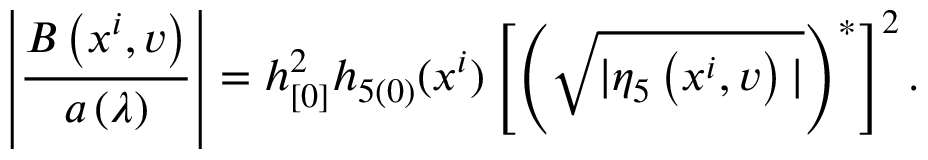
\left| \frac { B \left( x ^ { i } , v \right) } { a \left( \lambda \right) } \right| = h _ { [ 0 ] } ^ { 2 } h _ { 5 ( 0 ) } ( x ^ { i } ) \left[ \left( \sqrt { | \eta _ { 5 } \left( x ^ { i } , v \right) | } \right) ^ { \ast } \right] ^ { 2 } .